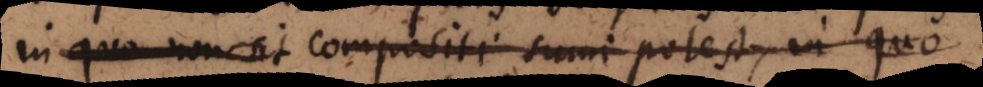
in quo non sit compositi sumi potest, in quo